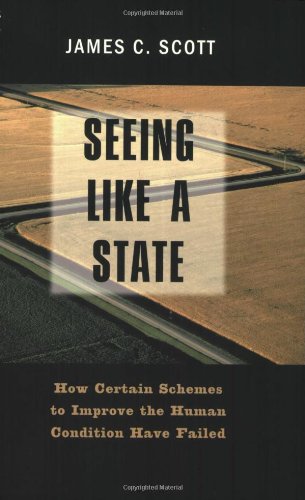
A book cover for Seeing like a State: How Certain Schemes to Improve the Human Condition Have Failed; James C. Scott; Politics & Social Sciences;